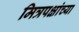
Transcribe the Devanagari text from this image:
मित्रपक्षांच्या